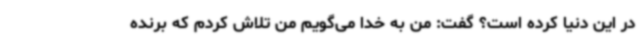
در این دنیا کرده است؟ گفت: من به خدا می‌گویم من تلاش کردم که برنده